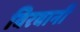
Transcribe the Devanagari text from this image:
विरवानी